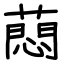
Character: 蕄